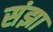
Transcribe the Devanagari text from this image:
संझा